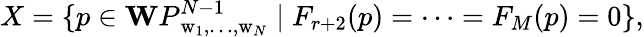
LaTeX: X=\{ p\in{\mathbf WP}_{\mathrm{w}_{1},\ldots,\mathrm{w}_{N}}^{N-1}\mid F_{r+2}(p)=\cdots=F_{M}(p)=0\} ,